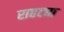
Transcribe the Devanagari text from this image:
राहट्या